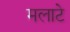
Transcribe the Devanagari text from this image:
मलाटे